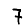
Digit: 7